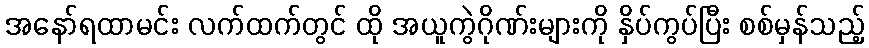
အနော်ရထာမင်း လက်ထက်တွင် ထို အယူကွဲဂိုဏ်းများကို နှိပ်ကွပ်ပြီး စစ်မှန်သည့်